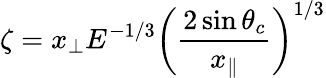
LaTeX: \zeta=x_{\perp}E^{-1/3}\left(\frac{2\sin\theta_{c}}{x_{\parallel}}\right)^{1/3}